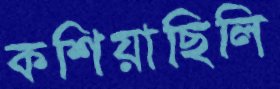
কশিয়াছিলি